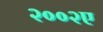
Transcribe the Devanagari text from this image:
२००२ए